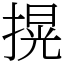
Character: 㨪